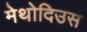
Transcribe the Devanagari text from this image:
मेथोदिउस